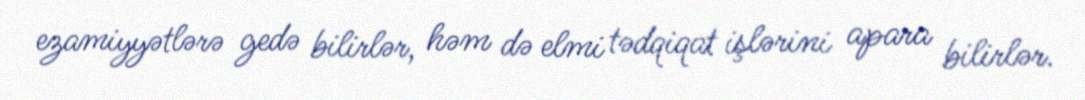
ezamiyyətlərə gedə bilirlər, həm də elmi tədqiqat işlərini apara bilirlər.